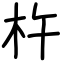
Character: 杵